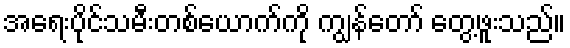
အရေးပိုင်သမီးတစ်ယောက်ကို ကျွန်တော် တွေ့ဖူးသည်။